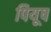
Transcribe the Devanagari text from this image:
पियूष